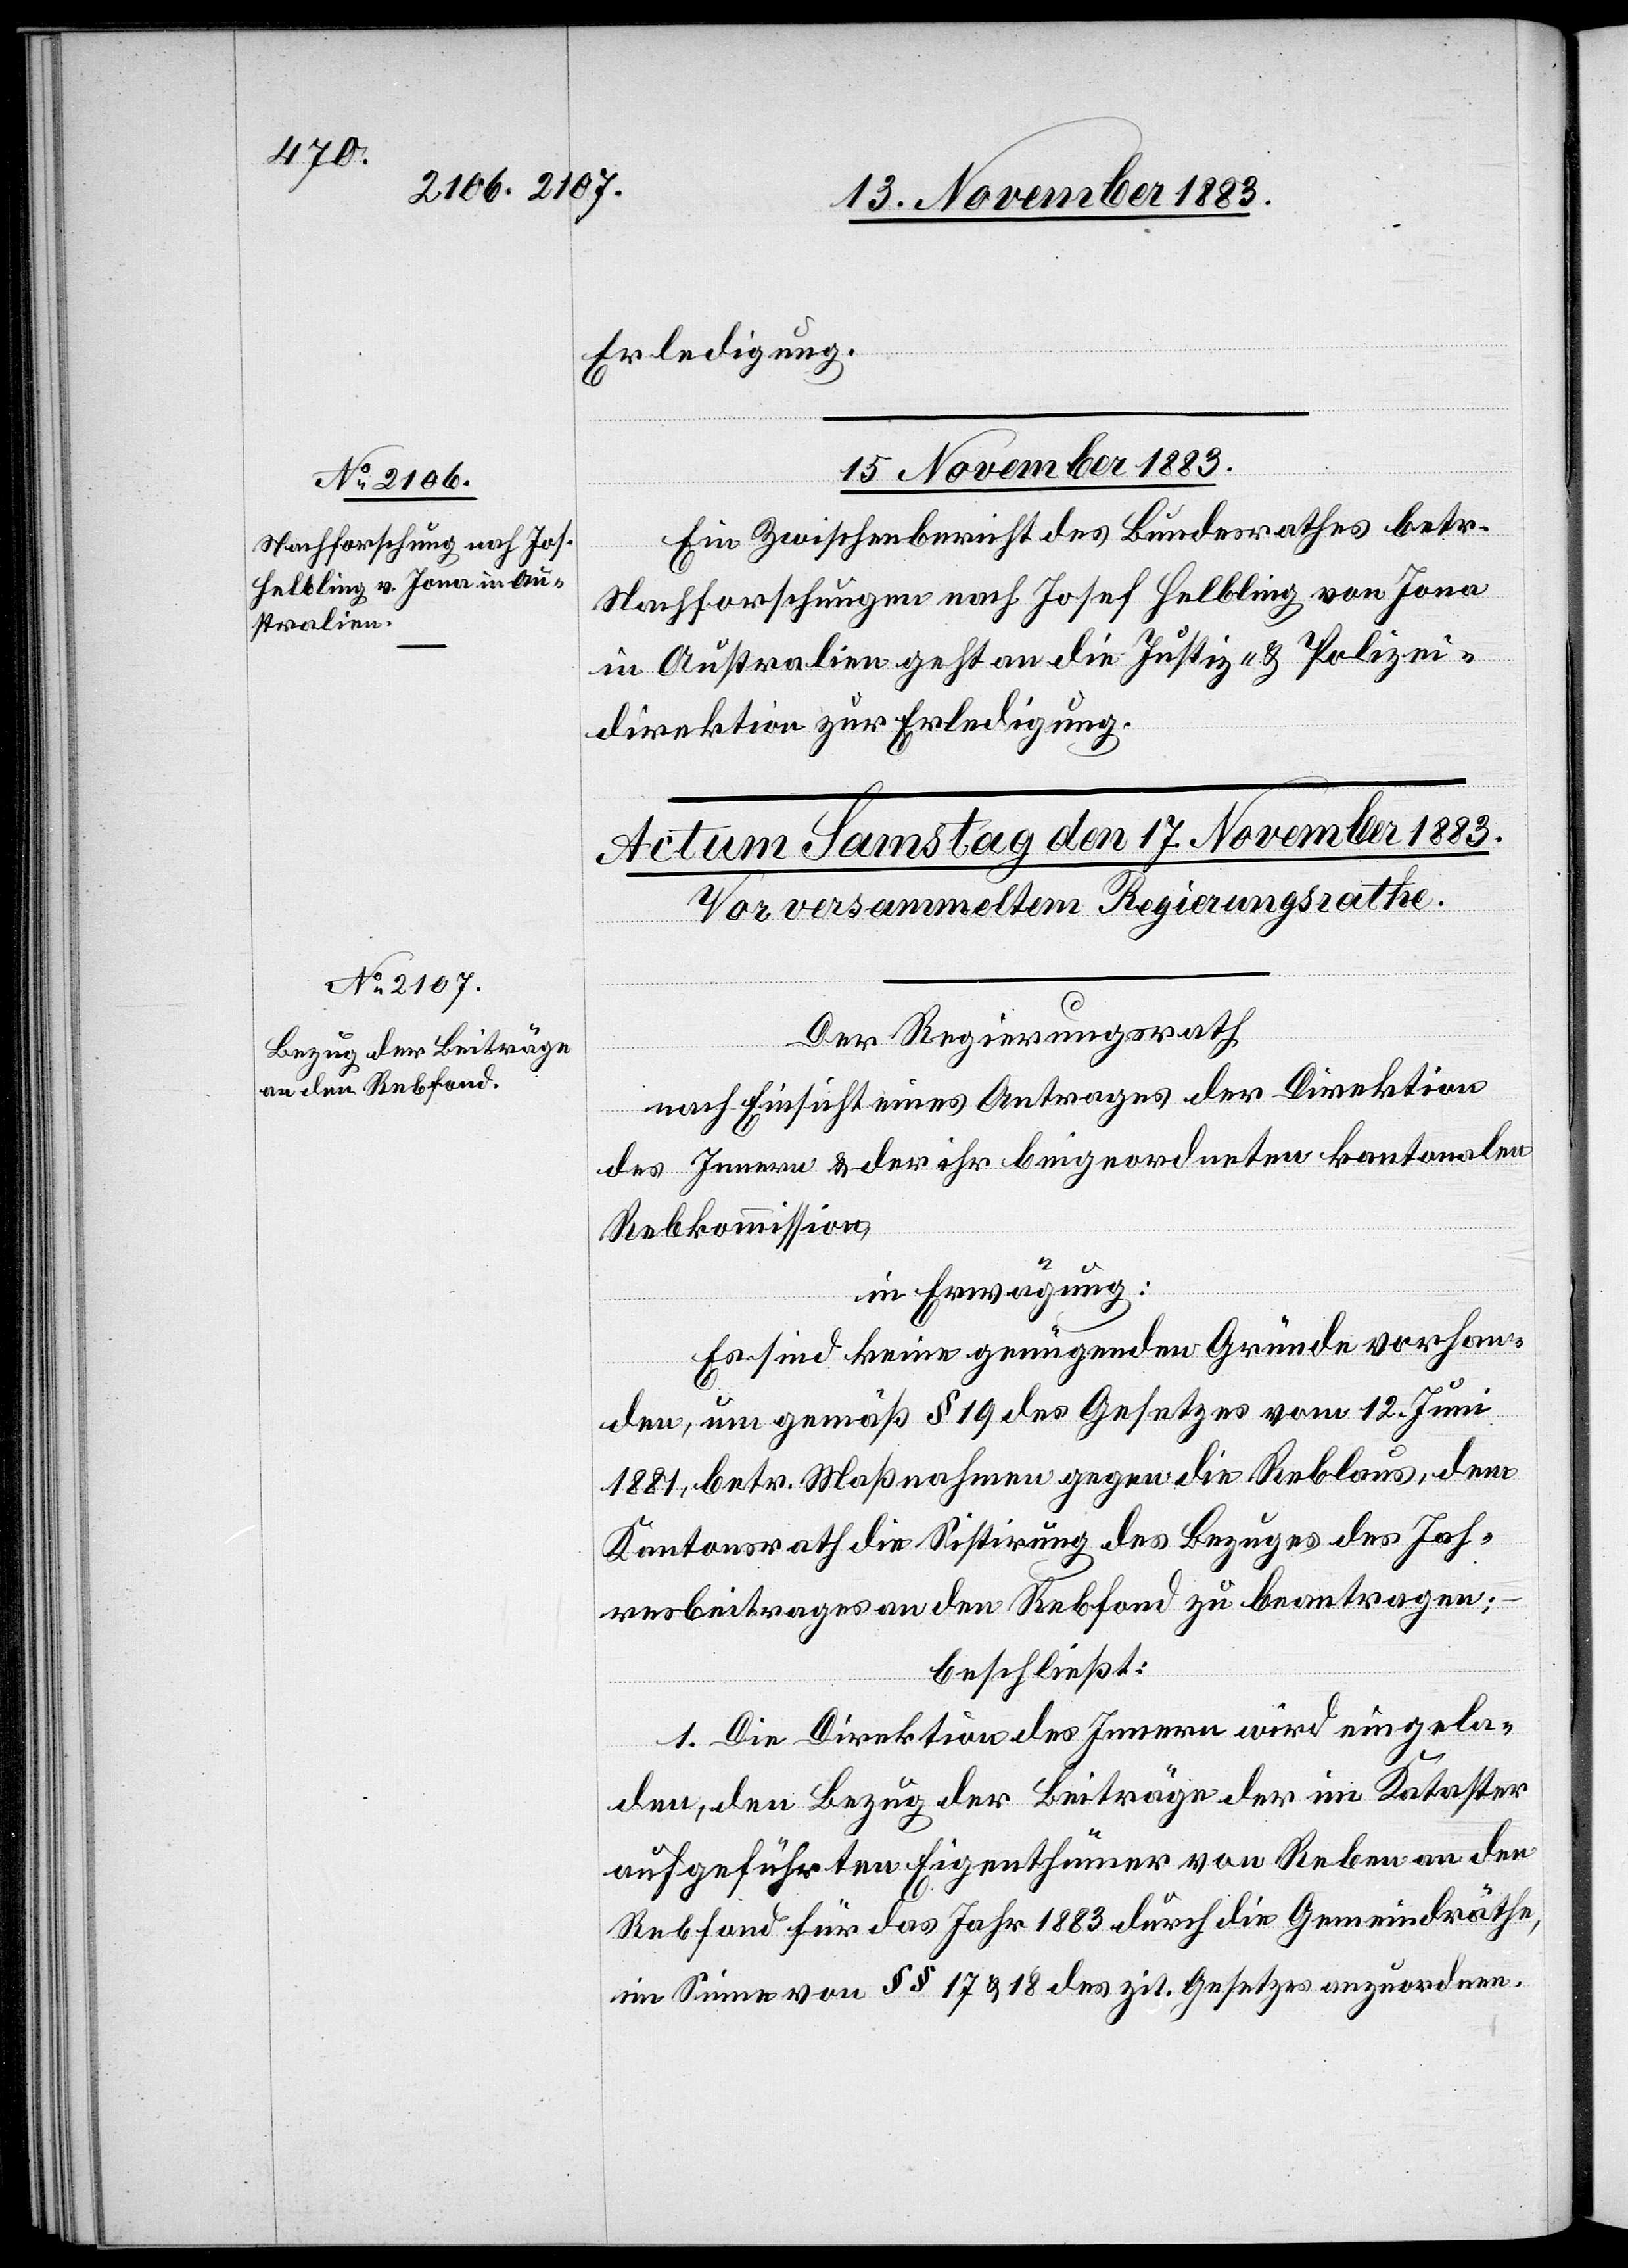
Erledigung.
15. November 1883.
Ein Zwischenbericht des Bundesrathes betr.
Nachforschungen nach Josef Helbling von Jona
in Australien geht an die Justiz- & Polizei¬
direktion zur Erledigung.
Der Regierungsrath
nach Einsicht eines Antrages der Direktion
des Innern & der ihr beigeordneten kantonalen
Rebkommission,
in Erwägung:
Es sind keine genügenden Gründe vorhan¬
den, um gemäß § 19 des Gesetzes vom 12. Juni
1881, betr. Maßnahmen gegen die Reblaus, dem
Kantonsrath die Sistirung des Bezuges des Jah¬
resbeitrages an den Rebfond zu beantragen;
beschließt:
1. Die Direktion des Innern wird eingela¬
den, den Bezug der Beiträge der im Kataster
aufgeführten Eigenthümer von Reben an den
Rebfond für das Jahr 1883 durch die Gemeindräthe,
im Sinne von §§ 17 & 18 des zit. Gesetzes anzuordnen.